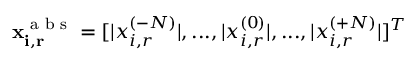
\mathbf { x _ { i , r } ^ { \textrm { a b s } } } = [ | x _ { i , r } ^ { ( - N ) } | , . . . , | x _ { i , r } ^ { ( 0 ) } | , . . . , | x _ { i , r } ^ { ( + N ) } | ] ^ { T }